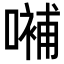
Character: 𡀨